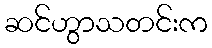
ဆင်ဟွာသတင်းက